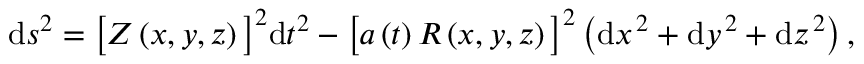
\begin{array} { r } { \begin{array} { r c l } { \displaystyle \mathrm { d } s ^ { 2 } = \big [ Z \left( x , y , z \right) \big ] ^ { 2 } \mathrm { d } t ^ { 2 } - \big [ a \left( t \right) R \left( x , y , z \right) \big ] ^ { 2 } \left( \mathrm { d } x ^ { \, 2 } + \mathrm { d } y ^ { \, 2 } + \mathrm { d } z ^ { \, 2 } \right) , } \end{array} } \end{array}